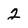
Character: 2